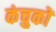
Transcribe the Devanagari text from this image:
कंचुकों